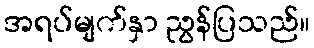
အရပ်မျက်နှာ ညွန်ပြသည်။